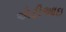
એટીઆઇ